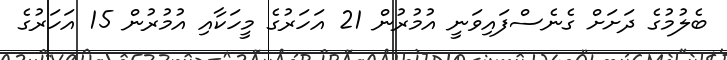
ބެލުމުގެ ދަށަށް ގެނެސްފައިވަނީ އުމުރުން 21 އަހަރުގެ މީހަކާއި އުމުރުން 15 އަހަރުގެ